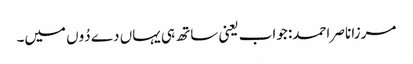
مرزا ناصر احمد: جواب یعنی ساتھ ہی یہاں دے دُوں میں۔